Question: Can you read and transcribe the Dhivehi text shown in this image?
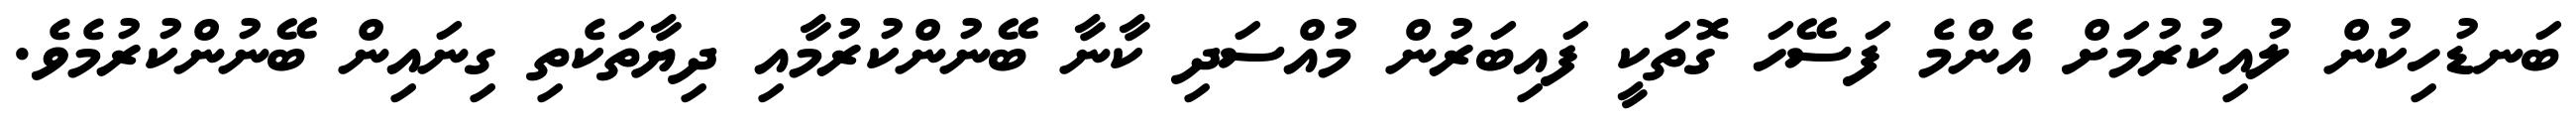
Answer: ބަނޑުހިކުން ލުއިކުރުމަށް އެންމެ ފަސޭހަ ގޮތަކީ ފައިބަރުން މުއްސަދި ކާނާ ބޭނުންކުރުމާއި ދިޔާތަކެތި ގިނައިން ބޭނުންކުރުމެވެ.